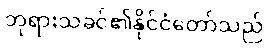
ဘုရားသခင်၏နိုင်ငံတော်သည်